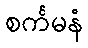
စင်္ကမနံ